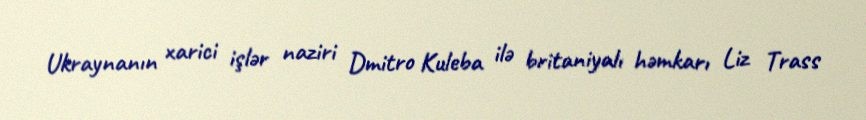
Ukraynanın xarici işlər naziri Dmitro Kuleba ilə britaniyalı həmkarı Liz Trass